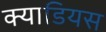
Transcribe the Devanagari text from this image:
क्याडियस